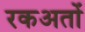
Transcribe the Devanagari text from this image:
रकअतों